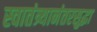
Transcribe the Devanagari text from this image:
स्वातंत्र्यानंतरसुद्धा